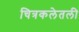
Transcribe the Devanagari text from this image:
चित्रकलेतली